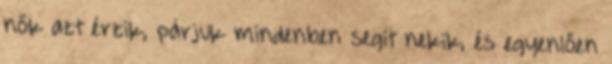
nők azt érzik, párjuk mindenben segít nekik, és egyenlően